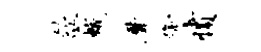
歙蛾摩啼愤